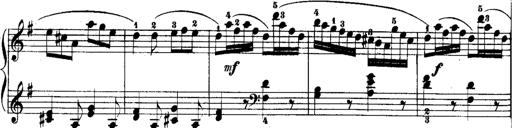
Title: Rondos and Sonatinas for Pianoforte
Composer: Daniel Steibelt